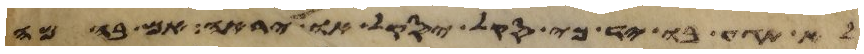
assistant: לא תגע בו יד כי סקל יסקל או ירא יראה אם בהמה